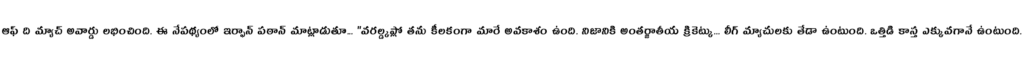
ఆఫ్ ది మ్యాచ్ అవార్డు లభించింది. ఈ నేపథ్యంలో ఇర్ఫాన్ పఠాన్ మాట్లాడుతూ... "వరల్డ్కప్లో తను కీలకంగా మారే అవకాశం ఉంది. నిజానికి అంతర్జాతీయ క్రికెట్కు... లీగ్ మ్యాచులకు తేడా ఉంటుంది. ఒత్తిడి కాస్త ఎక్కువగానే ఉంటుంది.